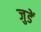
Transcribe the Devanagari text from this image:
जुडें